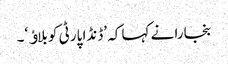
بنجارا نے کہا کہ ’ڈنڈا پارٹی کو بلاﺅ‘۔